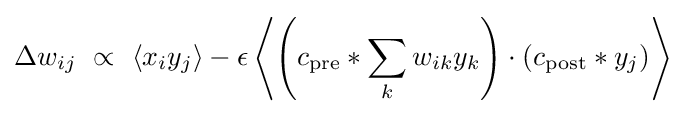
\Delta w_{ij}~\propto ~\langle x_{i}y_{j}\rangle -\epsilon \left\langle \left(c_{\mathrm {pre} }*\sum _{k}w_{ik}y_{k}\right)\cdot \left(c_{\mathrm {post} }*y_{j}\right)\right\rangle